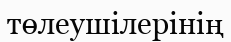
төлеушілерінің